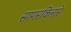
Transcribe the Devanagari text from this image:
सागरकिनारे